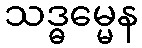
သဒ္ဓမ္မေန